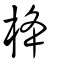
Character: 栙